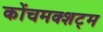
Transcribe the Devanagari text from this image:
कोंचमक्शट्म